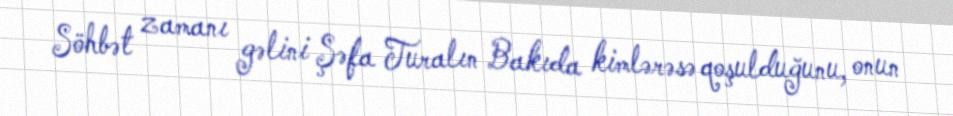
Söhbət zamanı gəlini Şəfa Turalın Bakıda kimlərəsə qoşulduğunu, onun